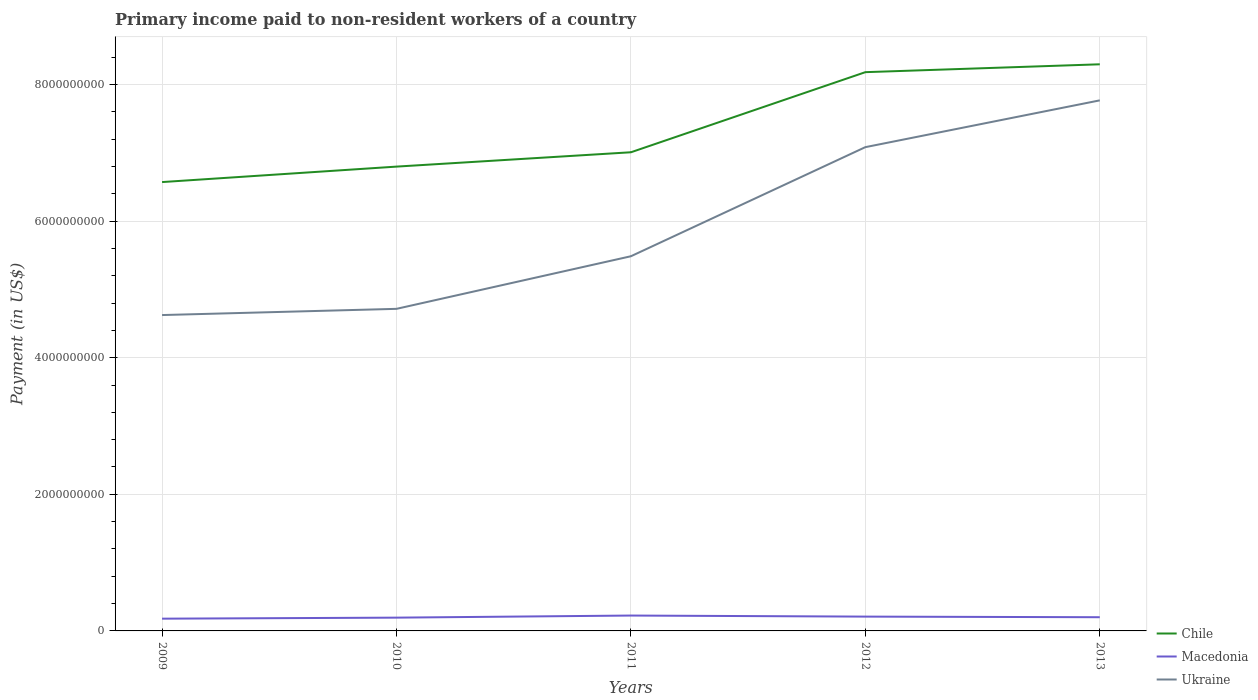
| Years | Chile | Macedonia | Ukraine |
 | --- | --- | --- | --- |
 | 2009 | 6.57e+09 | 1.79e+08 | 4.62e+09 |
 | 2010 | 6.8e+09 | 1.94e+08 | 4.72e+09 |
 | 2011 | 7.01e+09 | 2.25e+08 | 5.48e+09 |
 | 2012 | 8.18e+09 | 2.1e+08 | 7.08e+09 |
 | 2013 | 8.29e+09 | 2.01e+08 | 7.77e+09 |